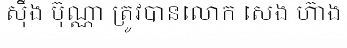
ស៊ឹង ប៊ុណ្ណា ត្រូវបានលោក សេង ហ៊ាង